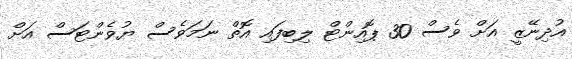
އުދިނޭޒީ އަށް ވެސް 30 ޕޮއިންޓް ލިބިފައި އޮތް ނަމަވެސް ޔުވެންޓަސް އަށް